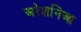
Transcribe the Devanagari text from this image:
अरेशनिआ